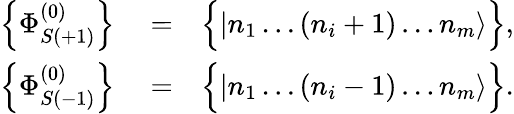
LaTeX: \begin{array}{rlr}{\left\{ \Phi_{S(+1)}^{(0)}\right\} }&{{}=}&{\Big\{ |n_{1}\dots(n_{i}+1)\dots n_{m}\rangle\Big\} ,}\\ {\left\{ \Phi_{S(-1)}^{(0)}\right\} }&{{}=}&{\Big\{ |n_{1}\dots(n_{i}-1)\dots n_{m}\rangle\Big\} .}\end{array}